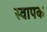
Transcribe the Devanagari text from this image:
स्‍वापक